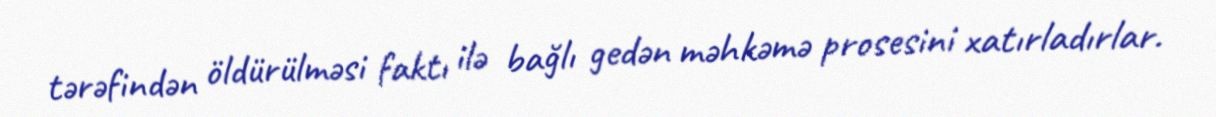
tərəfindən öldürülməsi faktı ilə bağlı gedən məhkəmə prosesini xatırladırlar.